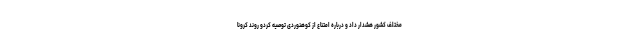
مختلف کشور هشدار داد و درباره امتناع از کوهنوردی توصیه کردو روند کرونا